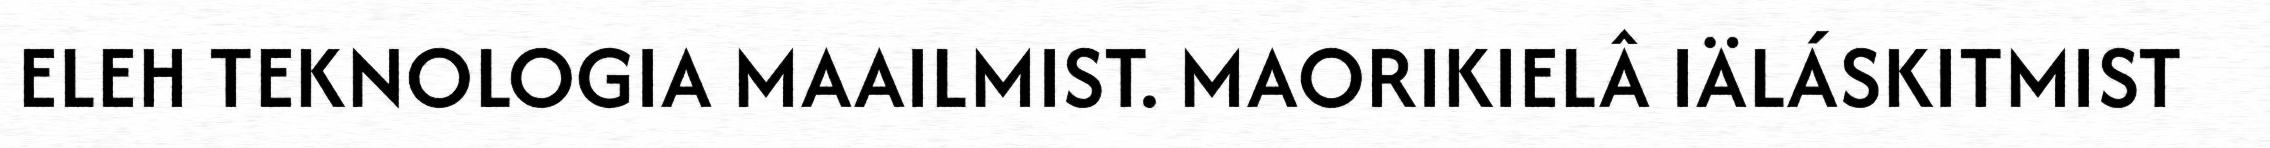
ELEH TEKNOLOGIA MAAILMIST. MAORIKIELÂ IÄLÁSKITMIST